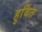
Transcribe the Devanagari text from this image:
हुर्वित